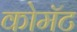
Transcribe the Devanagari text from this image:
कोमॅट